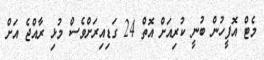
މެޓް އޮފީހުން ބުނީ ކުރިއަށް އޮތް 24 ގަޑިއިރަށްވެސް މުޅި ރާއްޖެ އަށް